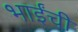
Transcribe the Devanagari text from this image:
भाईंची